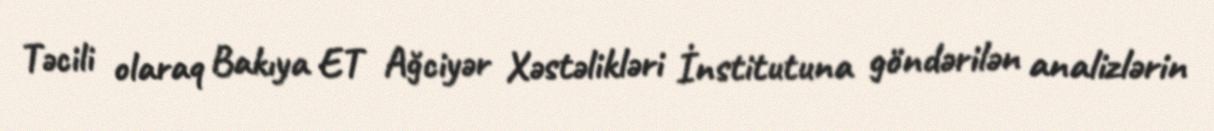
Təcili olaraq Bakıya ET Ağciyər Xəstəlikləri İnstitutuna göndərilən analizlərin